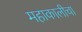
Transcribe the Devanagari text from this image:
महाकालीचा